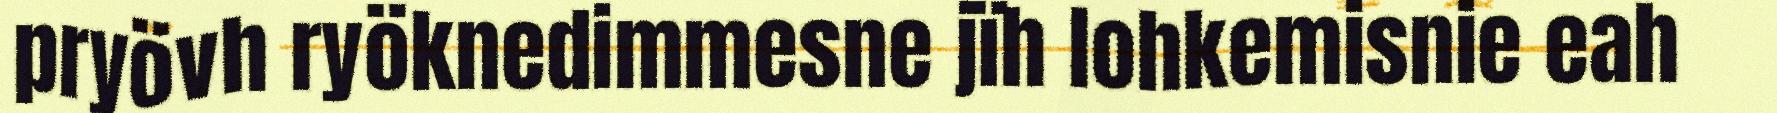
pryövh ryöknedimmesne jïh lohkemisnie eah